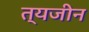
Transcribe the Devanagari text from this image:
त्यजीन